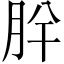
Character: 肸